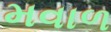
મવાળ